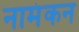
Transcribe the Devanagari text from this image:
नामंकन